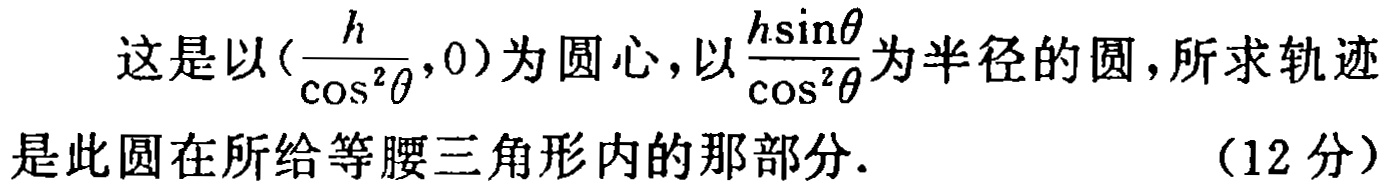
这是以\((\frac{h}{\cos^{2}\theta},0)\)为圆心，以\(\frac{h\sin\theta}{\cos^{2}\theta}\)为半径的圆，所求轨迹是此圆在所给等腰三角形内的那部分. （12分）